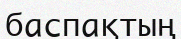
баспақтың